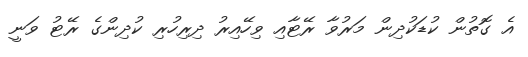
އެ ގޮތުން ކުޑަކުދިން މަރުވާ ރޭޓާއި ވިހޭއިރު ދިރިހުރި ކުދިންގެ ރޭޓު ވަނީ